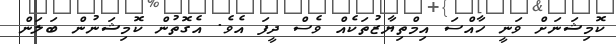
ކޮމިޝަނަށް ވަނީ ހާއްސަ އިމްތިޔާޒުތަކެއް ވެސް ދީފަ އެވެ. އެގޮތުން ކޮމިޝަނުން ބަލަން